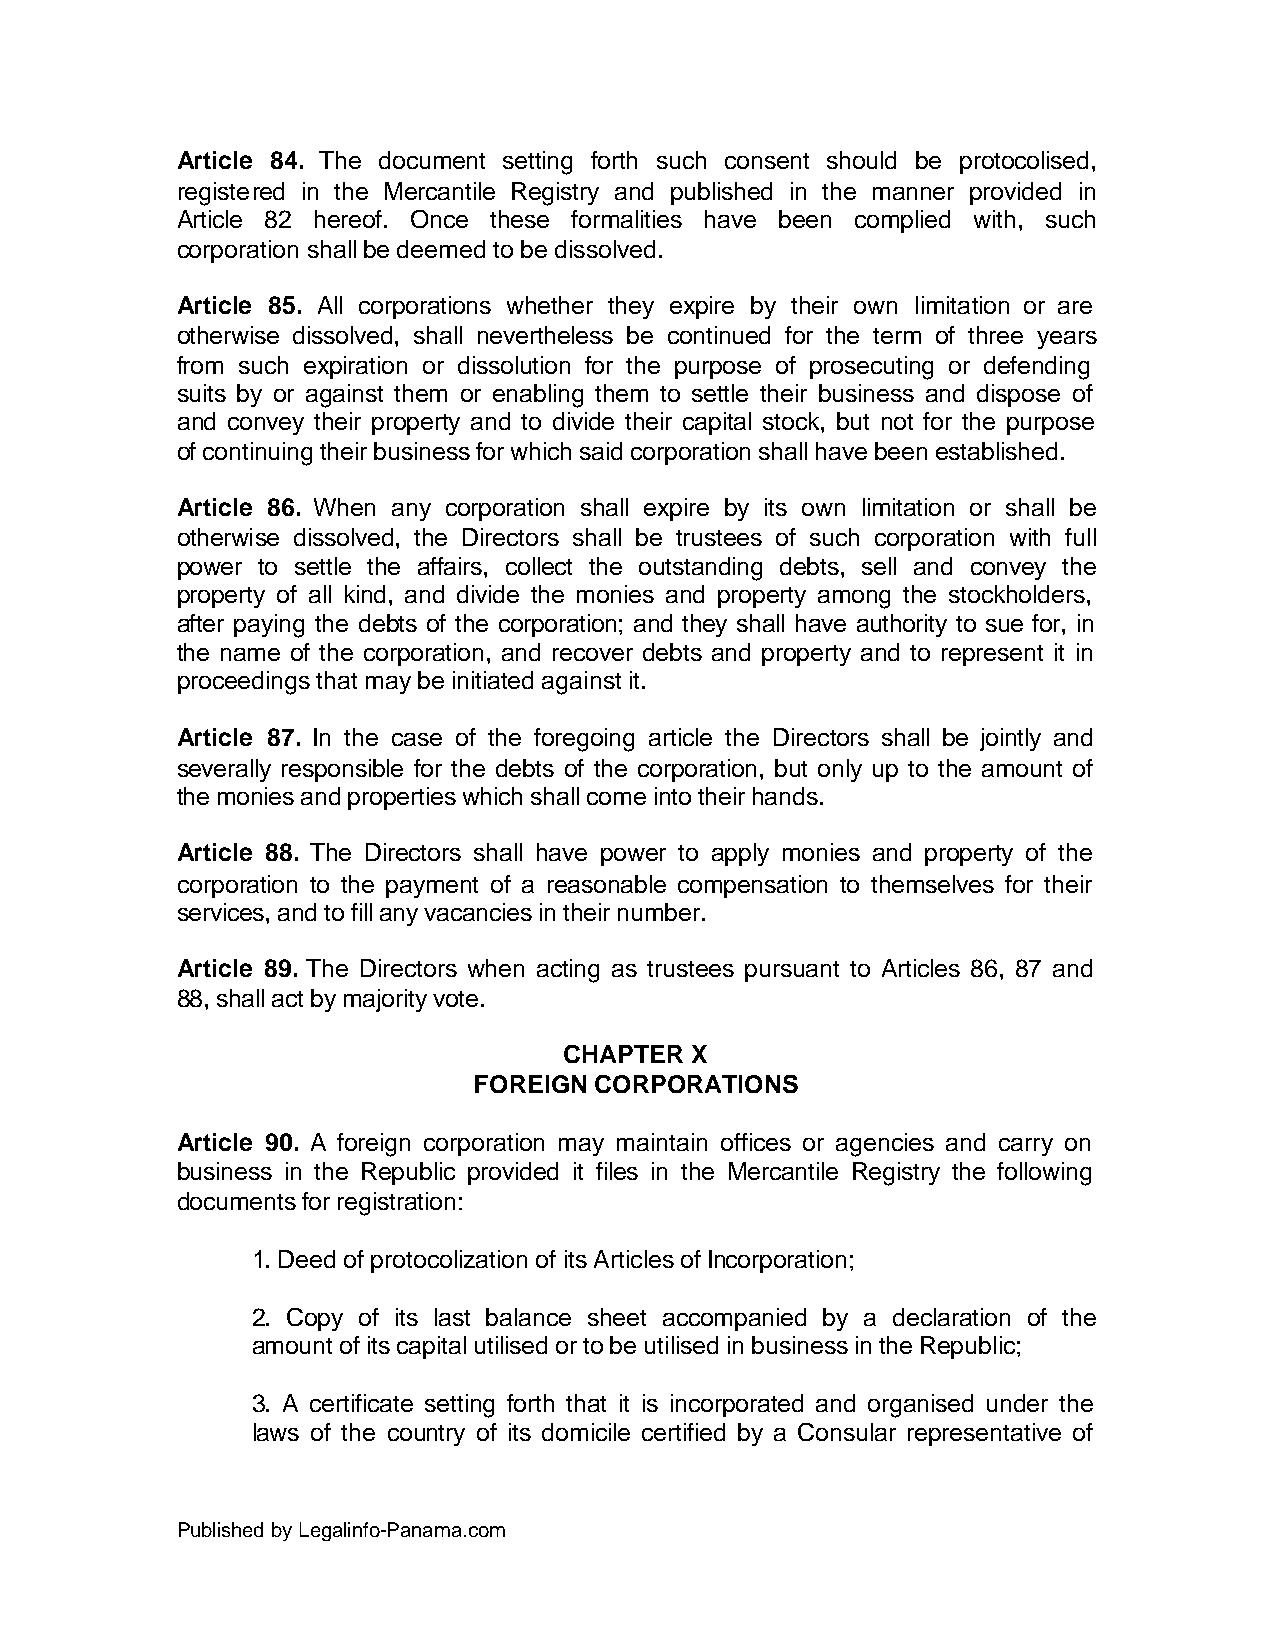
Article 84. The document setting forth such consent should be protocolised,
 registered in the Mercantile Registry and published in the manner provided in
 Article 82 hereof. Once these formalities have been complied with, such
 corporation shall be deemed to be dissolved.
 Article 85. All corporations whether they expire by their own limitation or are
 otherwise dissolved, shall nevertheless be continued for the term of three years
 from such expiration or dissolution for the purpose of prosecuting or defending
 suits by or against them or enabling them to settle their business and dispose of
 and convey their property and to divide their capital stock, but not for the purpose
 of continuing their business for which said corporation shall have been established.
 Article 86. When any corporation shall expire by its own limitation or shall be
 otherwise dissolved, the Directors shall be trustees of such corporation with full
 power to settle the affairs, collect the outstanding debts, sell and convey the
 property of all kind, and divide the monies and property among the stockholders,
 after paying the debts of the corporation; and they shall have authority to sue for, in
 the name of the corporation, and recover debts and property and to represent it in
 proceedings that may be initiated against it.
 Article 87. In the case of the foregoing article the Directors shall be jointly and
 severally responsible for the debts of the corporation, but only up to the amount of
 the monies and properties which shall come into their hands.
 Article 88. The Directors shall have power to apply monies and property of the
 corporation to the payment of a reasonable compensation to themselves for their
 services, and to fill any vacancies in their number.
 Article 89. The Directors when acting as trustees pursuant to Articles 86, 87 and
 88, shall act by majority vote.
 CHAPTER  X
 FOREIGN CORPORATIONS
 Article 90. A foreign corporation may maintain offices or agencies and carry on
 business in the Republic provided it files in the Mercantile Registry the following
 documents for registration:
 1. Deed of protocolization of its Articles of Incorporation;
 2. Copy of its last balance sheet accompanied by a declaration of the
 amount of its capital utilised or to be utilised in business in the Republic;
 3. A certificate setting forth that it is incorporated and organised under the
 laws of the country of its domicile certified by a Consular representative of
 Published by Legalinfo-Panama.com